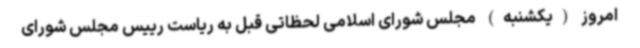
امروز (یکشنبه) مجلس شورای اسلامی لحظاتی قبل به ریاست رییس مجلس شورای